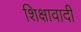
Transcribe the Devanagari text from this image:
शिक्षावादी